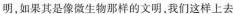
明，如果其是像微生物那样的文明，我们这样上去